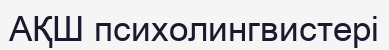
АҚШ психолингвистері